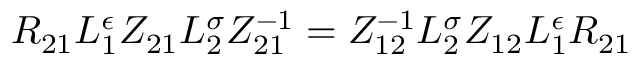
{ \cal R } _ { 2 1 } L _ { 1 } ^ { \epsilon } Z _ { 2 1 } L _ { 2 } ^ { \sigma } Z _ { 2 1 } ^ { - 1 } = Z _ { 1 2 } ^ { - 1 } L _ { 2 } ^ { \sigma } Z _ { 1 2 } L _ { 1 } ^ { \epsilon } { \cal R } _ { 2 1 }